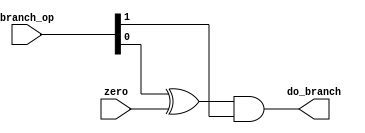
// Rui Tu
module branch_control(
  branch_op,
  zero,
  do_branch
);

  input wire [1:0] branch_op;
  input wire       zero;
  output reg       do_branch;

  always@(*) begin
    // do_branch will be 1 if we are going to use a branch
    do_branch <= (branch_op[0] ^ zero) & branch_op[1];
  end

endmodule